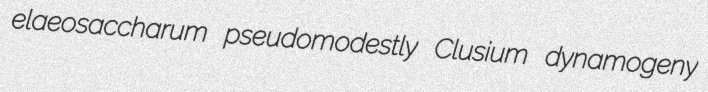
elaeosaccharum pseudomodestly Clusium dynamogeny